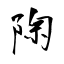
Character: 陱